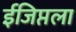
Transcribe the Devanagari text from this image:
ईजिप्तला